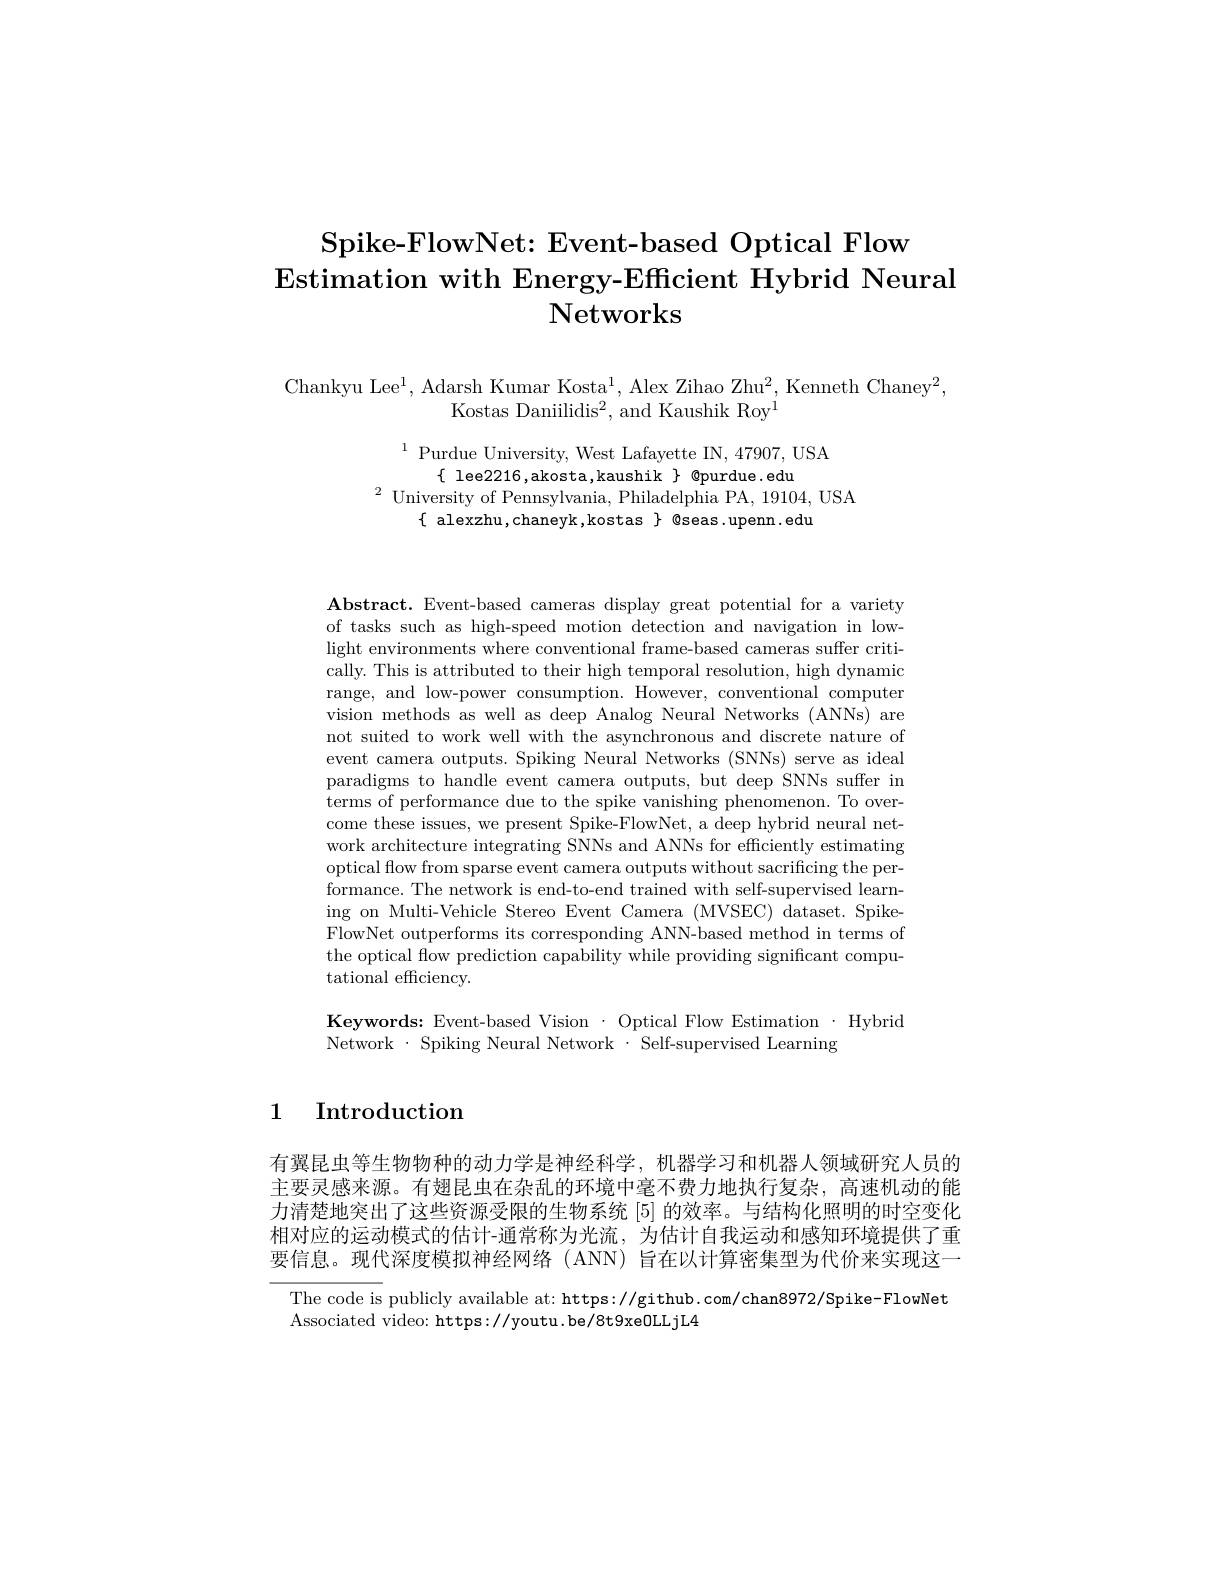
# $\textbf{Spike- FlowNet: Event- based Optical Flow}$ $\textbf{Estimation with Energy- Efficient Hybrid Neural}$ Networks

Chankyu Lee$^1$, Adarsh Kumar Kosta$^1$, Alex Zihao Zhu$^2$, Kenneth Chaney$^2$,
Kostas Daniilidis$^2$,and Kaushik Roy$^{\mathrm{I}}$

$\begin{array}{cc}^{1}&\text{Purdue University, West Lafayette IN,47907,USA}\\\{&\text{lee2216,akosta,kaushik}\\\end{array}$
$^{2}$University of Pennsylvania, Philadelphia PA, 19104, USA
$\{$ alexzhu,chaneyk,kostas $\}$ Qseas.upenn.edu

$\mathbf{Abstract.~Event-based~cameras~display~great~potential~for~a~variety}$ of tasks such as high-speed motion detection and navigation in lowlight environments where conventional frame-based cameras suffer critically. This is attributed to their high temporal resolution, high dynamic range, and low-power consumption. However, conventional computer vision methods as well as deep Analog Neural Networks (ANNs) are not suited to work well with the asynchronous and discrete nature of event camera outputs. Spiking Neural Networks (SNNs) serve as ideal paradigms to handle event camera outputs, but deep SNNs suffer in terms of performance due to the spike vanishing phenomenon. To overcome these issues, we present Spike-FlowNet, a deep hybrid neural network architecture integrating SNNs and ANNs for efficiently estimating optical flow from sparse event camera outputs without sacrificing the performance. The network is end-to-end trained with self-supervised learning on Multi-Vehicle Stereo Event Camera (MVSEC) dataset. SpikeFlowNet outperforms its corresponding ANN-based method in terms of the optical flow prediction capability while providing significant computational efficiency.

Keywords: Event-based Vision $\cdot$ Optical Flow Estimation$\cdot$Hybrid
Network$\cdot$Spiking Neural Network$\cdot$Self-supervised Learning

1 Introduction

有翼昆虫等生物物种的动力学是神经科学，机器学习和机器人领域研究人员的主要灵感来源。有翅昆虫在杂乱的环境中毫不费力地执行复杂，高速机动的能力清楚地突出了这些资源受限的生物系统|5|的效率。与结构化照明的时空变化相对应的运动模式的估计-通常称为光流，为估计自我运动和感知环境提供了重要信息。现代深度模拟神经网络(ANN)旨在以计算密集型为代价来实现这一

The code is publicly available at: https://github.com/chan8972/Spike-FlowNet
Associated video: https://youtu.be/8t9xe0LLjL4